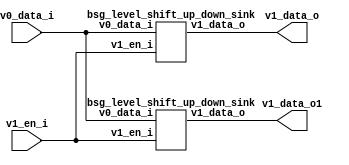


module top
(
  v0_data_i,
  v1_en_i,
  v1_data_o,
  v1_data_o1 // added for decompiling
);

  input [15:0] v0_data_i;
  output [15:0] v1_data_o;
  output [15:0] v1_data_o1; // added for decompiling
  input v1_en_i;

  bsg_level_shift_up_down_sink
  wrapper
  (
    .v0_data_i(v0_data_i),
    .v1_data_o(v1_data_o),
    .v1_en_i(v1_en_i)
  );

  bsg_level_shift_up_down_sink
  wrapper1
  (
    .v0_data_i(v0_data_i), 
    .v1_data_o(v1_data_o1), // added for decompiling
    .v1_en_i(v1_en_i)
  );

endmodule



module bsg_level_shift_up_down_sink
(
  v0_data_i,
  v1_en_i,
  v1_data_o
);

  input [15:0] v0_data_i;
  output [15:0] v1_data_o;
  input v1_en_i;
  wire [15:0] v1_data_o;
  assign v1_data_o[15] = v0_data_i[15] & v1_en_i;
  assign v1_data_o[14] = v0_data_i[14] & v1_en_i;
  assign v1_data_o[13] = v0_data_i[13] & v1_en_i;
  assign v1_data_o[12] = v0_data_i[12] & v1_en_i;
  assign v1_data_o[11] = v0_data_i[11] & v1_en_i;
  assign v1_data_o[10] = v0_data_i[10] & v1_en_i;
  assign v1_data_o[9] = v0_data_i[9] & v1_en_i;
  assign v1_data_o[8] = v0_data_i[8] & v1_en_i;
  assign v1_data_o[7] = v0_data_i[7] & v1_en_i;
  assign v1_data_o[6] = v0_data_i[6] & v1_en_i;
  assign v1_data_o[5] = v0_data_i[5] & v1_en_i;
  assign v1_data_o[4] = v0_data_i[4] & v1_en_i;
  assign v1_data_o[3] = v0_data_i[3] & v1_en_i;
  assign v1_data_o[2] = v0_data_i[2] & v1_en_i;
  assign v1_data_o[1] = v0_data_i[1] & v1_en_i;
  assign v1_data_o[0] = v0_data_i[0] & v1_en_i;

endmodule